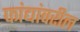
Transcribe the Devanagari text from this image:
फांद्यांवरील